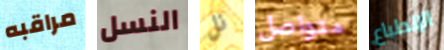
مراقبه النسل نل متواصل الإنطباع